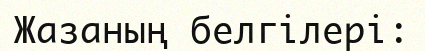
Жазаның белгілері: